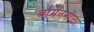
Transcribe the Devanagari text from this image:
बामनमोळा